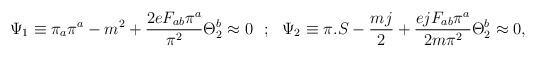
LaTeX: \begin{align*}\Psi _1\equiv \pi _a\pi ^a-m^2 +{{2eF_{ab}\pi ^a}\over{\pi ^2}}\Theta _2^b\approx 0~~;~~\Psi _2 \equiv \pi .S-{{mj}\over 2}+{{ejF_{ab}\pi ^a}\over{2m\pi ^2}}\Theta _2^b\approx 0 ,\end{align*}